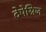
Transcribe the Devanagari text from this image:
देपेग्निज